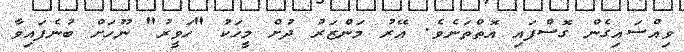
ވިއްސައިގެން ގޮސްފައި އޮތްތަނެވެ. އޭރު މަންޒަރު ދުށް މީހަކު "ހަވީރު" ނޫހަށް ބުނެފައިވާ